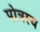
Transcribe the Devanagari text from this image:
पोत्रस्य